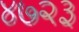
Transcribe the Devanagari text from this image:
४७२३